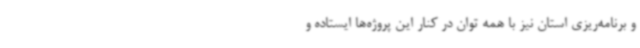
و برنامه‌ریزی استان نیز با همه توان در کنار این پروژه‌ها ایستاده و